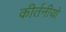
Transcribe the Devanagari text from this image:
कीर्तनीयो